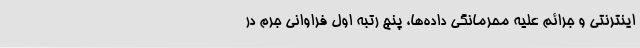
اینترنتی و جرائم علیه محرمانگی داده‌ها، پنج رتبه اول فراوانی جرم در